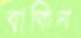
বাকিন